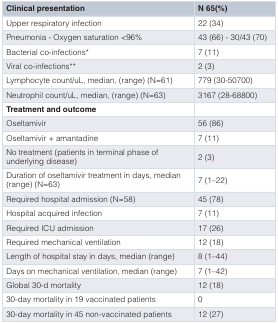
| Clinical presentation | N 65(%) |
 | --- | --- |
 | Upper respiratory infection | 22 (34) |
 | Pneumonia - Oxygen saturation <96% | 43 (66) - 30/43 (70) |
 | Bacterial co-infections* | 7 (11) |
 | Viral co-infections** | 2 (3) |
 | Lymphocyte count/uL, median, (range) (N=61) | 779 (30-50700) |
 | Neutrophil count/uL, median, (range) (N=63) | 3167 (28-68800) |
 | Treatment and outcome |  |
 | Oseltamivir | 56 (86) |
 | Oseltamivir + amantadine | 7 (11) |
 | No treatment (patients in terminal phase ofunderlying disease) | 2 (3) |
 | Duration of oseltamivir treatment in days, median(range) (N=63) | 7 (1–22) |
 | Required hospital admission (N=58) | 45 (78) |
 | Hospital acquired infection | 7 (11) |
 | Required ICU admission | 17 (26) |
 | Required mechanical ventilation | 12 (18) |
 | Length of hospital stay in days, median (range) | 8 (1–44) |
 | Days on mechanical ventilation, median (range) | 7 (1–42) |
 | Global 30-d mortality | 12 (18) |
 | 30-day mortality in 19 vaccinated patients | 0 |
 | 30-day mortality in 45 non-vaccinated patients | 12 (27) |